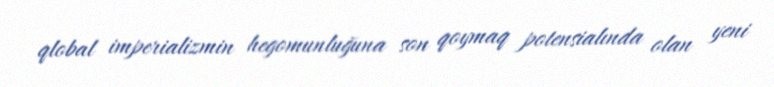
qlobal imperializmin hegomunluğuna son qoymaq potensialında olan yeni